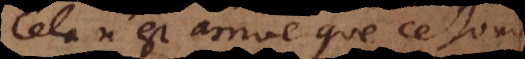
Cela n’est arrivé que ce jour